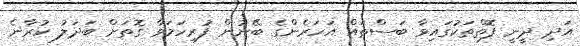
އަދި ދީނީ ފޮތްތަކުގައިވާ ބަސްތައް އަހަރެންގެ ބޭނުން ފުރިހަމަވާ ގޮތަށް ބަދަލު ކުރާނެ